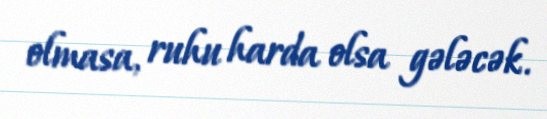
olmasa, ruhu harda olsa gələcək.